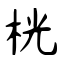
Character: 桄